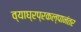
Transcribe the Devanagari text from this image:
व्याघ्रप्रकल्पानंतर